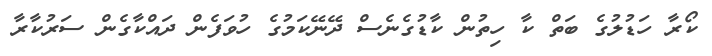
ކޯރާ ހަޑުލުގެ ބަތް ކާ ހިތުން ކާޑުގެނެސް ދޭނޭކަމުގެ ހުވަފެން ދައްކާގެން ސަރުކާރާ